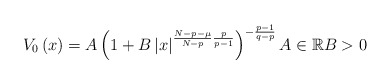
\begin{align*}V_{0}\left( x\right) =A\left( 1+B\left\vert x\right\vert ^{\frac{N-p-\mu}{N-p}\frac{p}{p-1}}\right) ^{-\frac{p-1}{q-p}}A\in\mathbb{R}B>0\end{align*}